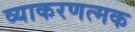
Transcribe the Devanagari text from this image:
व्याकरणत्मक